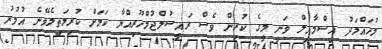
މުހައްމަދު އިސްމާއިލް ވަނީ މީގެ ކުރިން ވެސް ރައީސުލްޖުމްހޫރިއްޔާ ކަމަށް ކުރިމަތިލެވޭނެ އުމުރު